Statistical return of the lunatic asylum in Assam - 1912-1932
Year: 1912
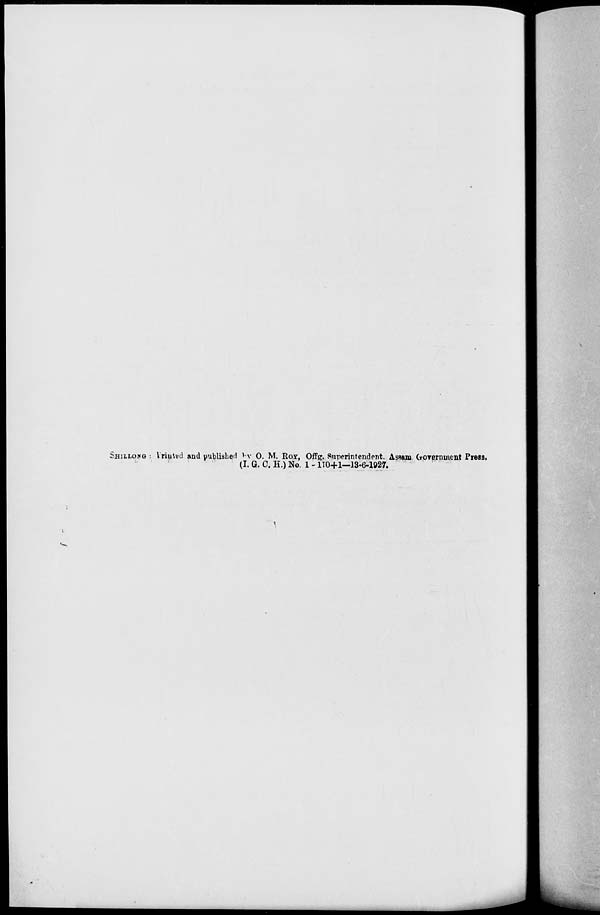
SHILLOKG s Vriiittd and published *v 0. M. ROT, Offg. Superintendent. Assam (TOTeminent Prees.
(I. G. C. H.) No. 1 - 110+1—13-6-1927.